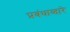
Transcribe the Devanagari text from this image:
प्रबंधाव्दारे